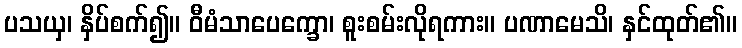
ပသယှ၊ နှိပ်စက်၍။ ဝီမံသာပေက္ခော၊ စူးစမ်းလိုရကား။ ပဏာမေသိ၊ နှင်ထုတ်၏။